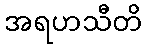
အရဟသီတိ